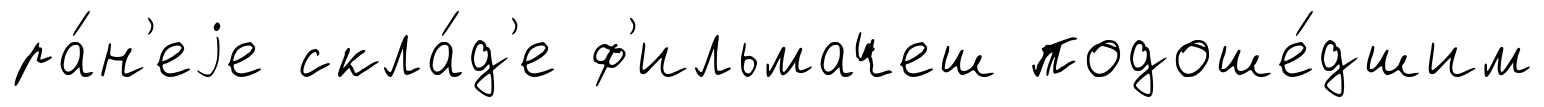
ра́н'еjе скла́д'е ф'ильмачеш подоше́дшим